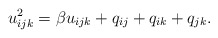
\begin{gather*}u_{ijk}^2= \beta u_{ijk}+q_{ij}+q_{ik}+q_{jk}.\end{gather*}